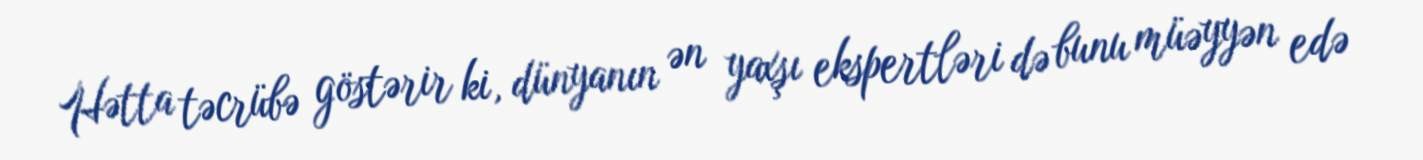
Hətta təcrübə göstərir ki, dünyanın ən yaxşı ekspertləri də bunu müəyyən edə